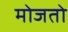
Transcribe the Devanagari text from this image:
मोजतो